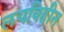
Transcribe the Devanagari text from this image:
लयविहीन